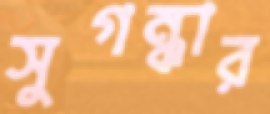
সুগন্ধার